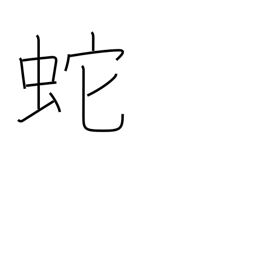
Meaning: serpent